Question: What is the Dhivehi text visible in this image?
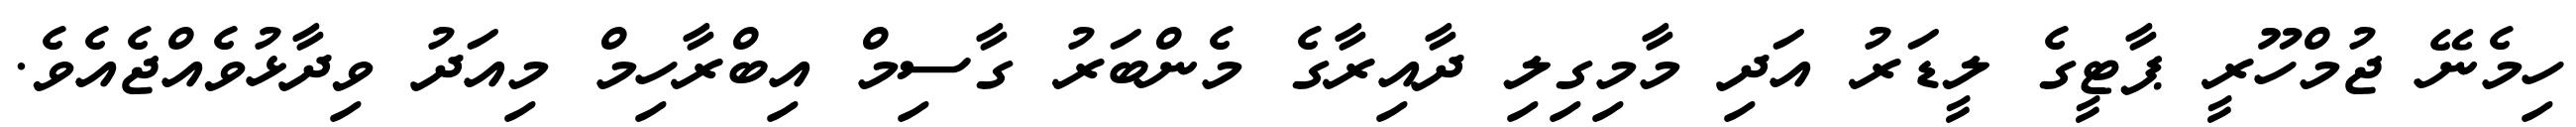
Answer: ހިމެނޭ ޖުމްހޫރީ ޕާޓީގެ ލީޑަރު އަދި މާމިގިލި ދާއިރާގެ މެންބަރު ގާސިމް އިބްރާހިމް މިއަދު ވިދާޅުވެއްޖެއެވެ.